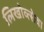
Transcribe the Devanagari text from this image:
लिखोव्त्सेवा